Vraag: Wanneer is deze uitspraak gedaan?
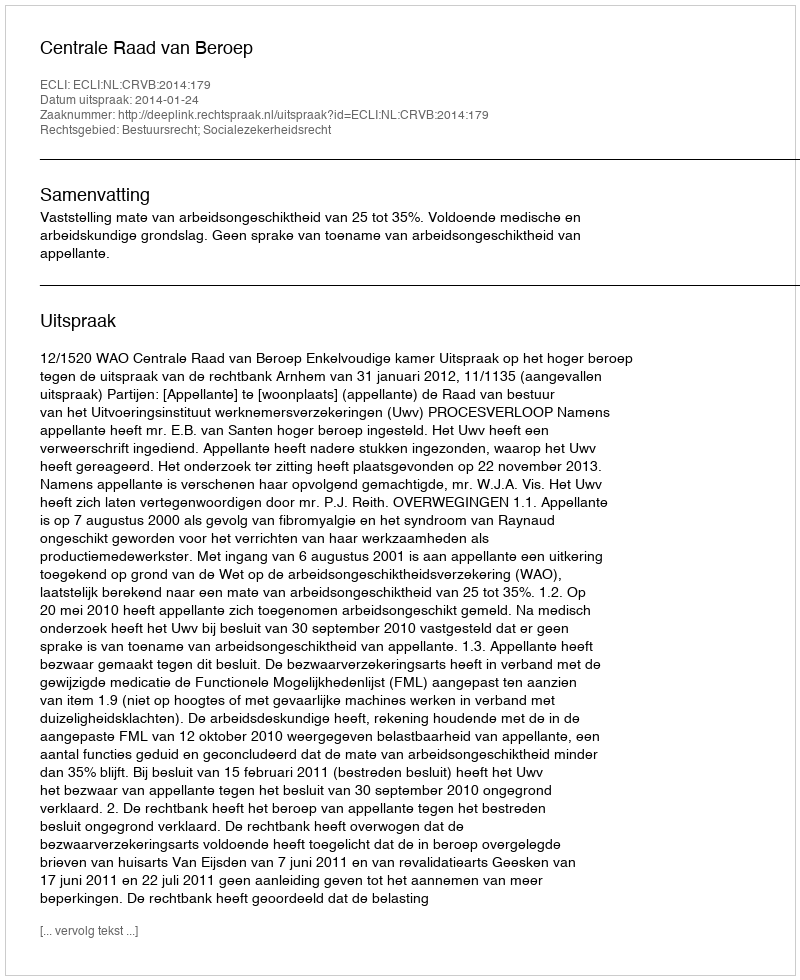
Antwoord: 2014-01-24